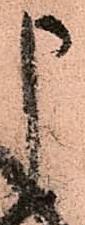
申